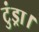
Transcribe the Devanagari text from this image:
टुंड्रा।